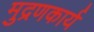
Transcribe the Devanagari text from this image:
मुद्रणकार्य